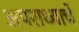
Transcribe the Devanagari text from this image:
अपराध्याचे